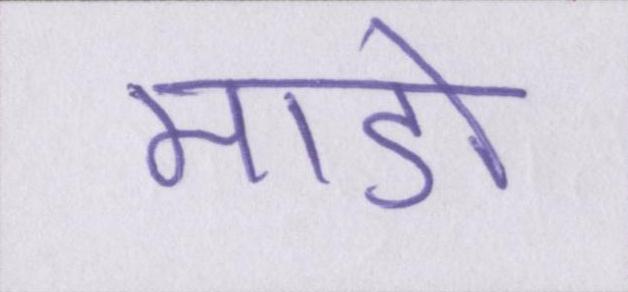
माडो